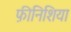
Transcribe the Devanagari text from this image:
फ़ीनिशिया